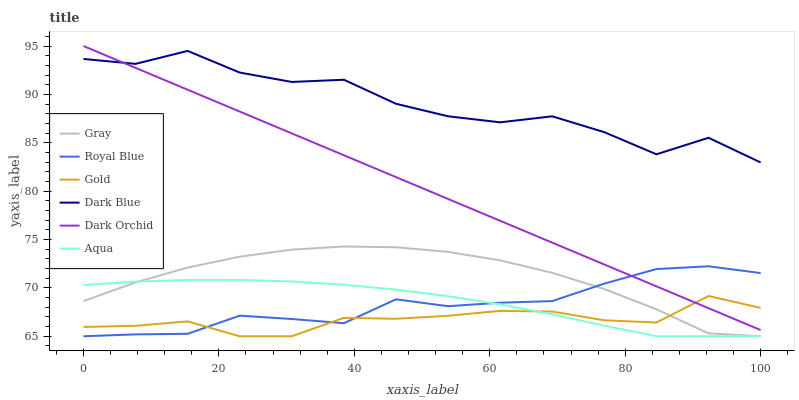
| xaxis_label | Gray | Royal Blue | Gold | Dark Blue | Dark Orchid | Aqua |
 | --- | --- | --- | --- | --- | --- | --- |
 | 0 | 68.6 | 65 | 66 | 93.7 | 95 | 70.3 |
 | 7.69 | 70.6 | 65.2 | 66.1 | 93.2 | 92.7 | 70.6 |
 | 15.4 | 72.1 | 65.3 | 66.5 | 94.5 | 90.5 | 70.8 |
 | 23.1 | 73.2 | 67.1 | 65 | 92.3 | 88.2 | 70.8 |
 | 30.8 | 74 | 66.8 | 65 | 91.3 | 86 | 70.7 |
 | 38.5 | 74.3 | 66.3 | 66.9 | 91.5 | 83.7 | 70.3 |
 | 46.2 | 74.2 | 68.8 | 66.8 | 89 | 81.4 | 69.8 |
 | 53.8 | 73.7 | 68.1 | 67.1 | 87.7 | 79.2 | 69.1 |
 | 61.5 | 72.8 | 68.5 | 67.6 | 87.1 | 76.9 | 68.3 |
 | 69.2 | 71.6 | 68.6 | 67.6 | 87.7 | 74.7 | 67.3 |
 | 76.9 | 69.9 | 70.4 | 66.6 | 86.1 | 72.4 | 66.1 |
 | 84.6 | 67.8 | 71.9 | 66.4 | 83.8 | 70.2 | 65 |
 | 92.3 | 65.3 | 72.2 | 69.2 | 85.5 | 67.9 | 65 |
 | 100 | 65 | 71.5 | 67.9 | 83 | 65.6 | 65 |